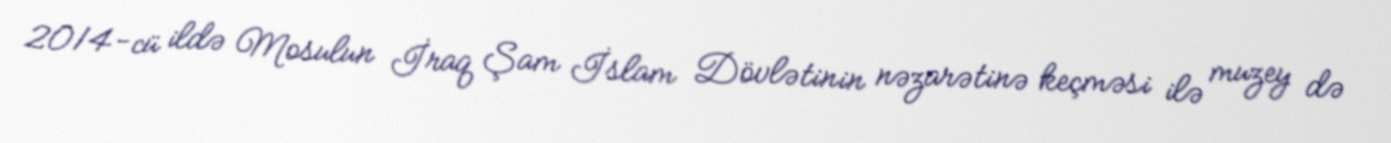
2014-cü ildə Mosulun İraq Şam İslam Dövlətinin nəzarətinə keçməsi ilə muzey də